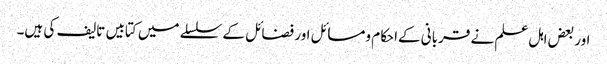
اور بعض اہل علم نے قربانی کےاحکام ومسائل اور فضائل کے سلسلے میں کتابیں تالیف کی ہیں۔